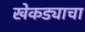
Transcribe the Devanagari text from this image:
खेकड्याचा